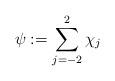
LaTeX: \begin{align*}\psi:=\sum_{j=-2}^2 \chi_j\end{align*}